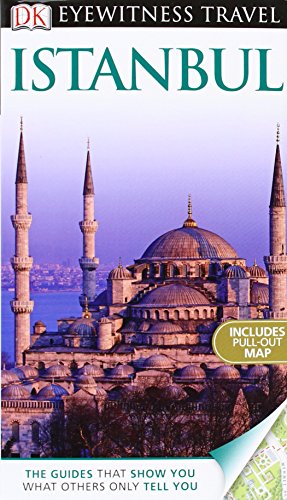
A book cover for DK Eyewitness Travel Guide: Istanbul; Rose Baring; Travel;